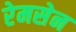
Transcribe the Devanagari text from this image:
रेमसेन